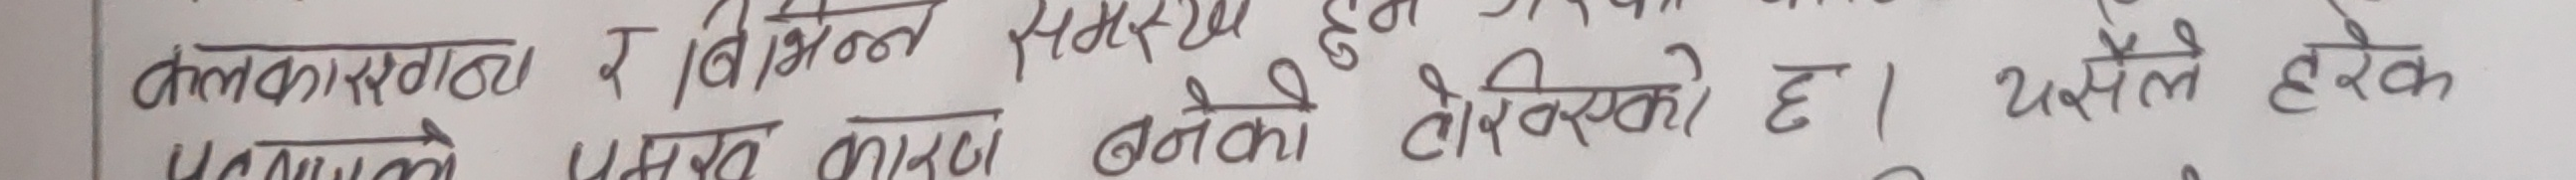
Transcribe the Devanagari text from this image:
कलका कारण र विभिन्न समस्या हुन सेलिएका। यसैले हरेक प्रकारले प्रस्तुत कारण बनेका देखिनसको छ।